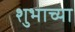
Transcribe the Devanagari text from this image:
शुभाच्या